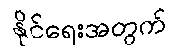
နိုင်ရေးအတွက်